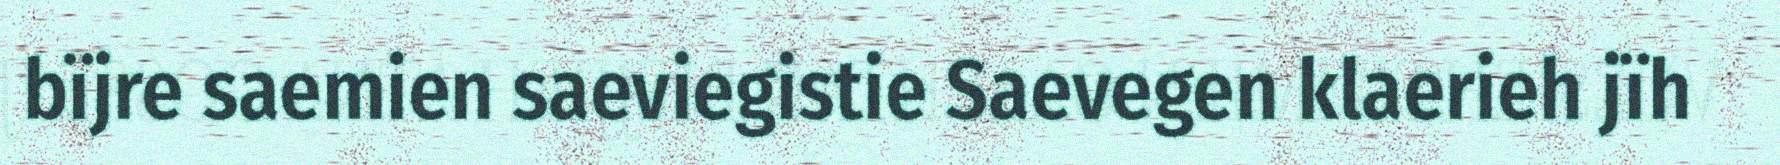
bïjre saemien saeviegistie Saevegen klaerieh jïh